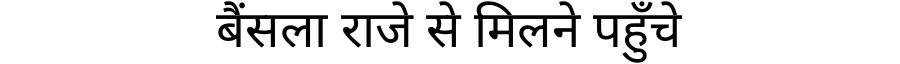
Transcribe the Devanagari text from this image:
बैंसला राजे से मिलने पहुँचे